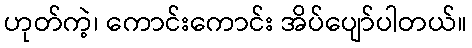
ဟုတ်ကဲ့၊ ကောင်းကောင်း အိပ်ပျော်ပါတယ်။